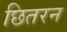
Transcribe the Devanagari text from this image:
छितरन